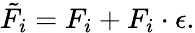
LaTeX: \tilde{F}_{i}=F_{i}+F_{i}\cdot\epsilon.